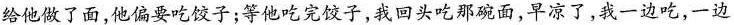
给他做了面，他偏要吃子；等他吃完饺子，我回头吃那碗面，早凉了，我一边吃，一边